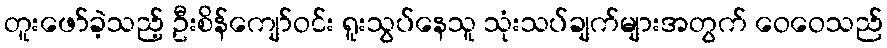
တူးဖော်ခဲ့သည့် ဦးစိန်ကျော်ဝင်း ရူးသွပ်နေသူ သုံးသပ်ချက်များအတွက် ဝေဝေသည်